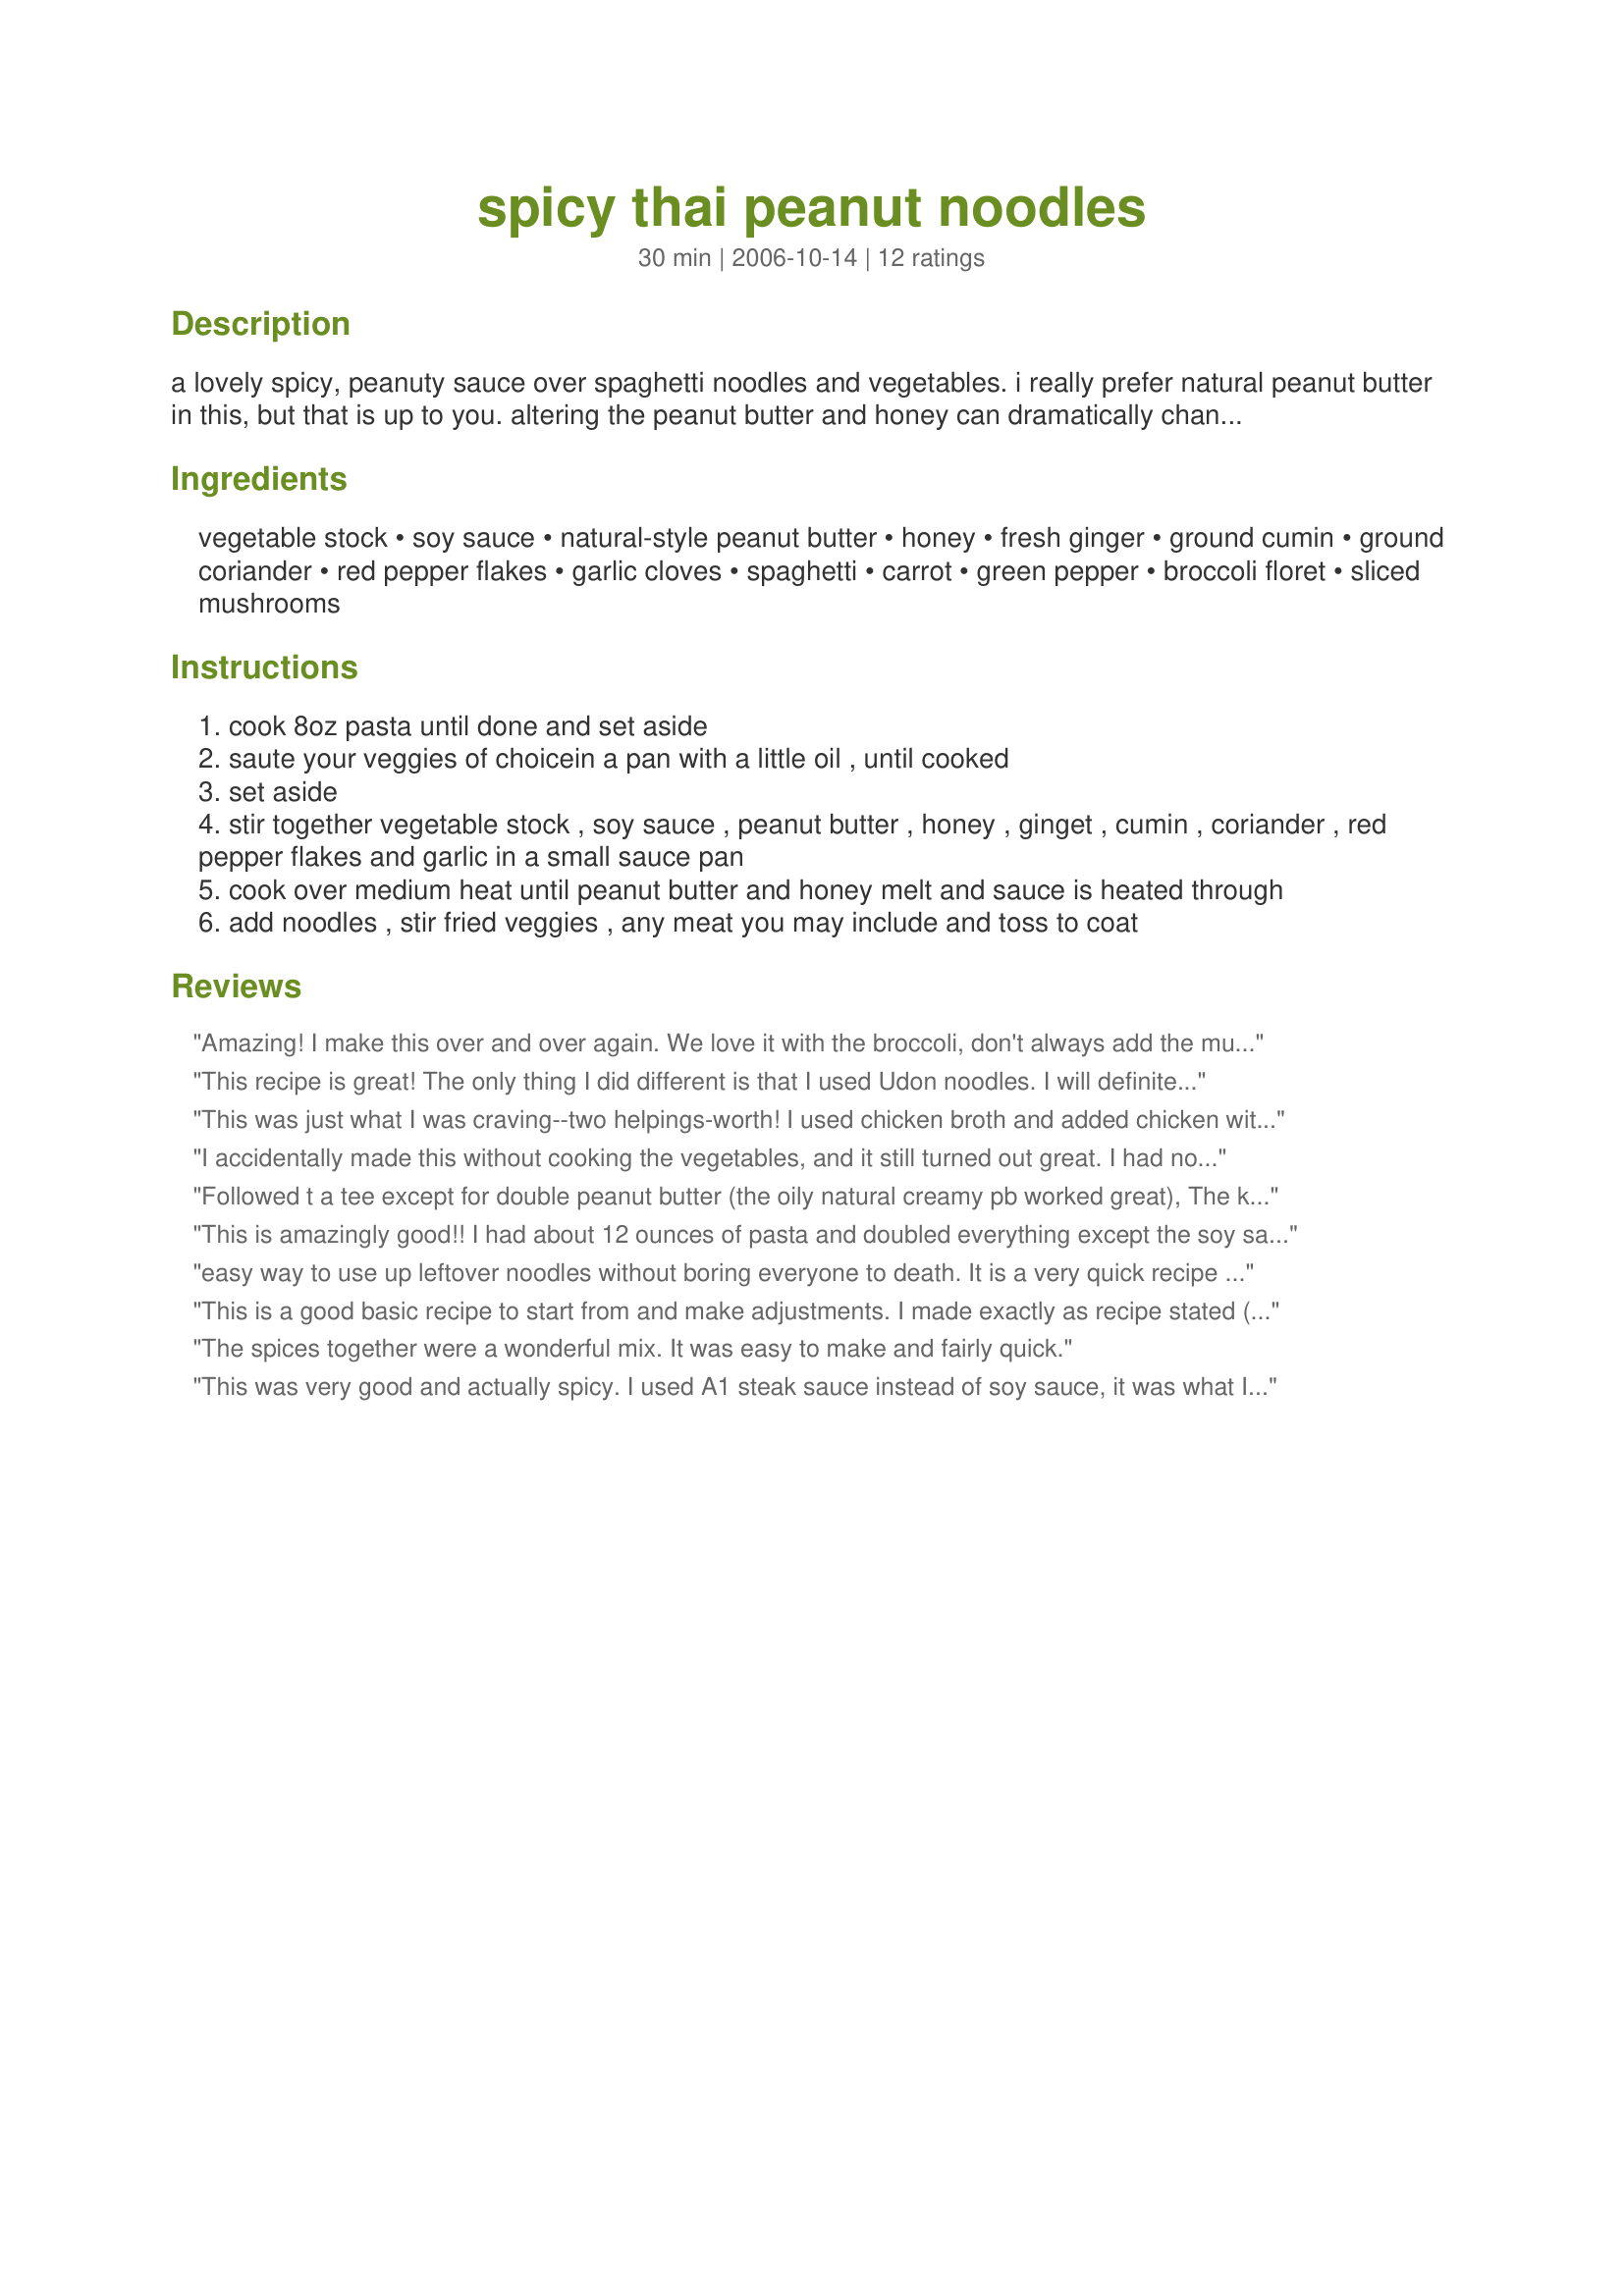
spicy thai peanut noodles
Preparation time: 30 minutes

a lovely spicy, peanuty sauce over spaghetti noodles and vegetables. i really prefer natural peanut butter in this, but that is up to you. altering the peanut butter and honey can dramatically change this dish, so if you don't like it one way, try it again altering some ingredients.

Ingredients:
vegetable stock, soy sauce, natural-style peanut butter, honey, fresh ginger, ground cumin, ground coriander, red pepper flakes, garlic cloves, spaghetti, carrot, green pepper, broccoli floret, sliced mushrooms

Steps:
cook 8oz pasta until done and set aside
saute your veggies of choicein a pan with a little oil , until cooked
set aside
stir together vegetable stock , soy sauce , peanut butter , honey , ginget , cumin , coriander , red pepper flakes and garlic in a small sauce pan
cook over medium heat until peanut butter and honey melt and sauce is heated through
add noodles , stir fried veggies , any meat you may include and toss to coat

Reviews:
Amazing! I make this over and over again. We love it with the broccoli, don't always add the mushrooms, but it's always good.

Filling and lightly spicy, I pull the kids' portions out and add more spice for my husband and myself.

Yum!
This recipe is great! The only thing I did different is that I used Udon noodles. I will definitely make is again!
This was just what I was craving--two helpings-worth! I used chicken broth and added chicken with the vegetables. I loved the ginger and pepper flakes...that made the dish! I did cut back on the cumin; even though I love it, it doesn't love me. Will definitely make this again and again!
I accidentally made this without cooking the vegetables, and it still turned out great. I had no mushrooms so I added more bell pepper and broccoli. Also added chicken, and used udon noodles. Very tasty sauce! Next time I&#039;d top with fresh cilantro and maybe chopped peanuts.
Followed t a tee except for double peanut butter (the oily natural creamy pb worked great), The key is to use Asian rice noodles,, Save about 1/4 of the sauce for topping each serving.. Oh, almost forgot,, Duh,, I thinly sliced an 8 oz chicken breast and boiled it for about 1 minute then set aside & added to the veggies & noodlestowards the end. Boiled comes out tender similar to chinese sliced chicken which can also be steamed. Make sure that you add some light sesame or vegi oil to the noodles that sit aside while waiting or they will stick as you might already know. ENJOY !!!!!!!
This is amazingly good!! I had about 12 ounces of pasta and doubled everything except the soy sauce. I also used more vegetables (broccoli, carrot, mushroom) than called for. It is so easy and delicious! I had cooked chicken earlier in the week, so all I had to do was cook the pasta and veggies. I used a 6 qt pan to cook the pasta. Drained the pasta and returned to the pan. I then got out a 5 qt. saute pan and stir-fried the veggies. Turned them out in the pasta pan and then made the sauce in the saute pan. Returned everything to the saute pan and mixed it all up. Only 2 pans to wash--that was spectacular!! The only change I would make would be to add some green onions and really load up on extra veggies. Snap peas and baby corn would be great! That is strictly for our own preference, it was wonderful as written. It is very spicy, so you may wish to cut back on the heat. Lady Clare, thank you for your fantastic recipe!
easy way to use up leftover noodles without boring everyone to death. It is a very quick recipe as well.
This is a good basic recipe to start from and make adjustments. I made exactly as recipe stated (less 1/2 tsp red pepper flakes). These are just suggestions based on my results! :) I would double the peanut butter and also lessen the cumin by at least half (I felt it kind of overpowered the dish). I liked all the veggies. Also, I think halving the red pepper flakes was a good idea. I'll be trying this recipe again soon. Thanks for the recipe.
The spices together were a wonderful mix. It was easy to make and fairly quick.
This was very good and actually spicy. I used A1 steak sauce instead of soy sauce, it was what I had, and ground ginger. I omitted the carrots and mushrooms. I will definitely make this again. I'd recommend breaking the spaghetti noodles in half if you want to eat this with chop sticks.
This was very good and very quick! I used rice noodles instead of spaghetti, but I am sure it would have been just as good either way.
This was delicious! I followed the recipe exactly except I left out the mushrooms and added 1 lb of pork that I had cut into bite size pieces, seasoned with onion powder, garlic powder, salt and pepper and sauteed in olive oil. The recipe made a lot more than the indicated 3-4 servings though! I served my family of 4 plus had enough left over for at least 4 more servings.
